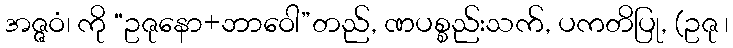
အဇ္ဇဝံ၊ ကို “ဥဇုနော+ဘာဝေါ”တည်, ဏပစ္စည်းသက်, ပကတိပြု, (ဥဇု ၊